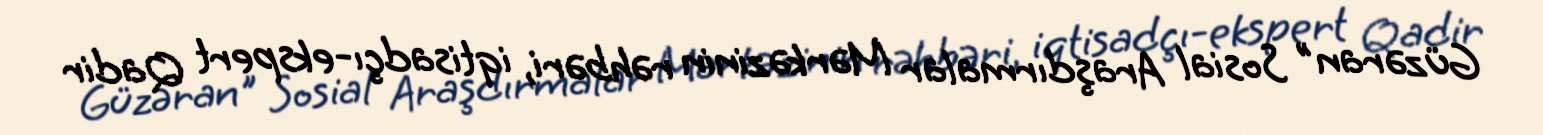
Güzəran" Sosial Araşdırmalar Mərkəzinin rəhbəri, iqtisadçı-ekspert Qadir